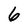
Character: 6